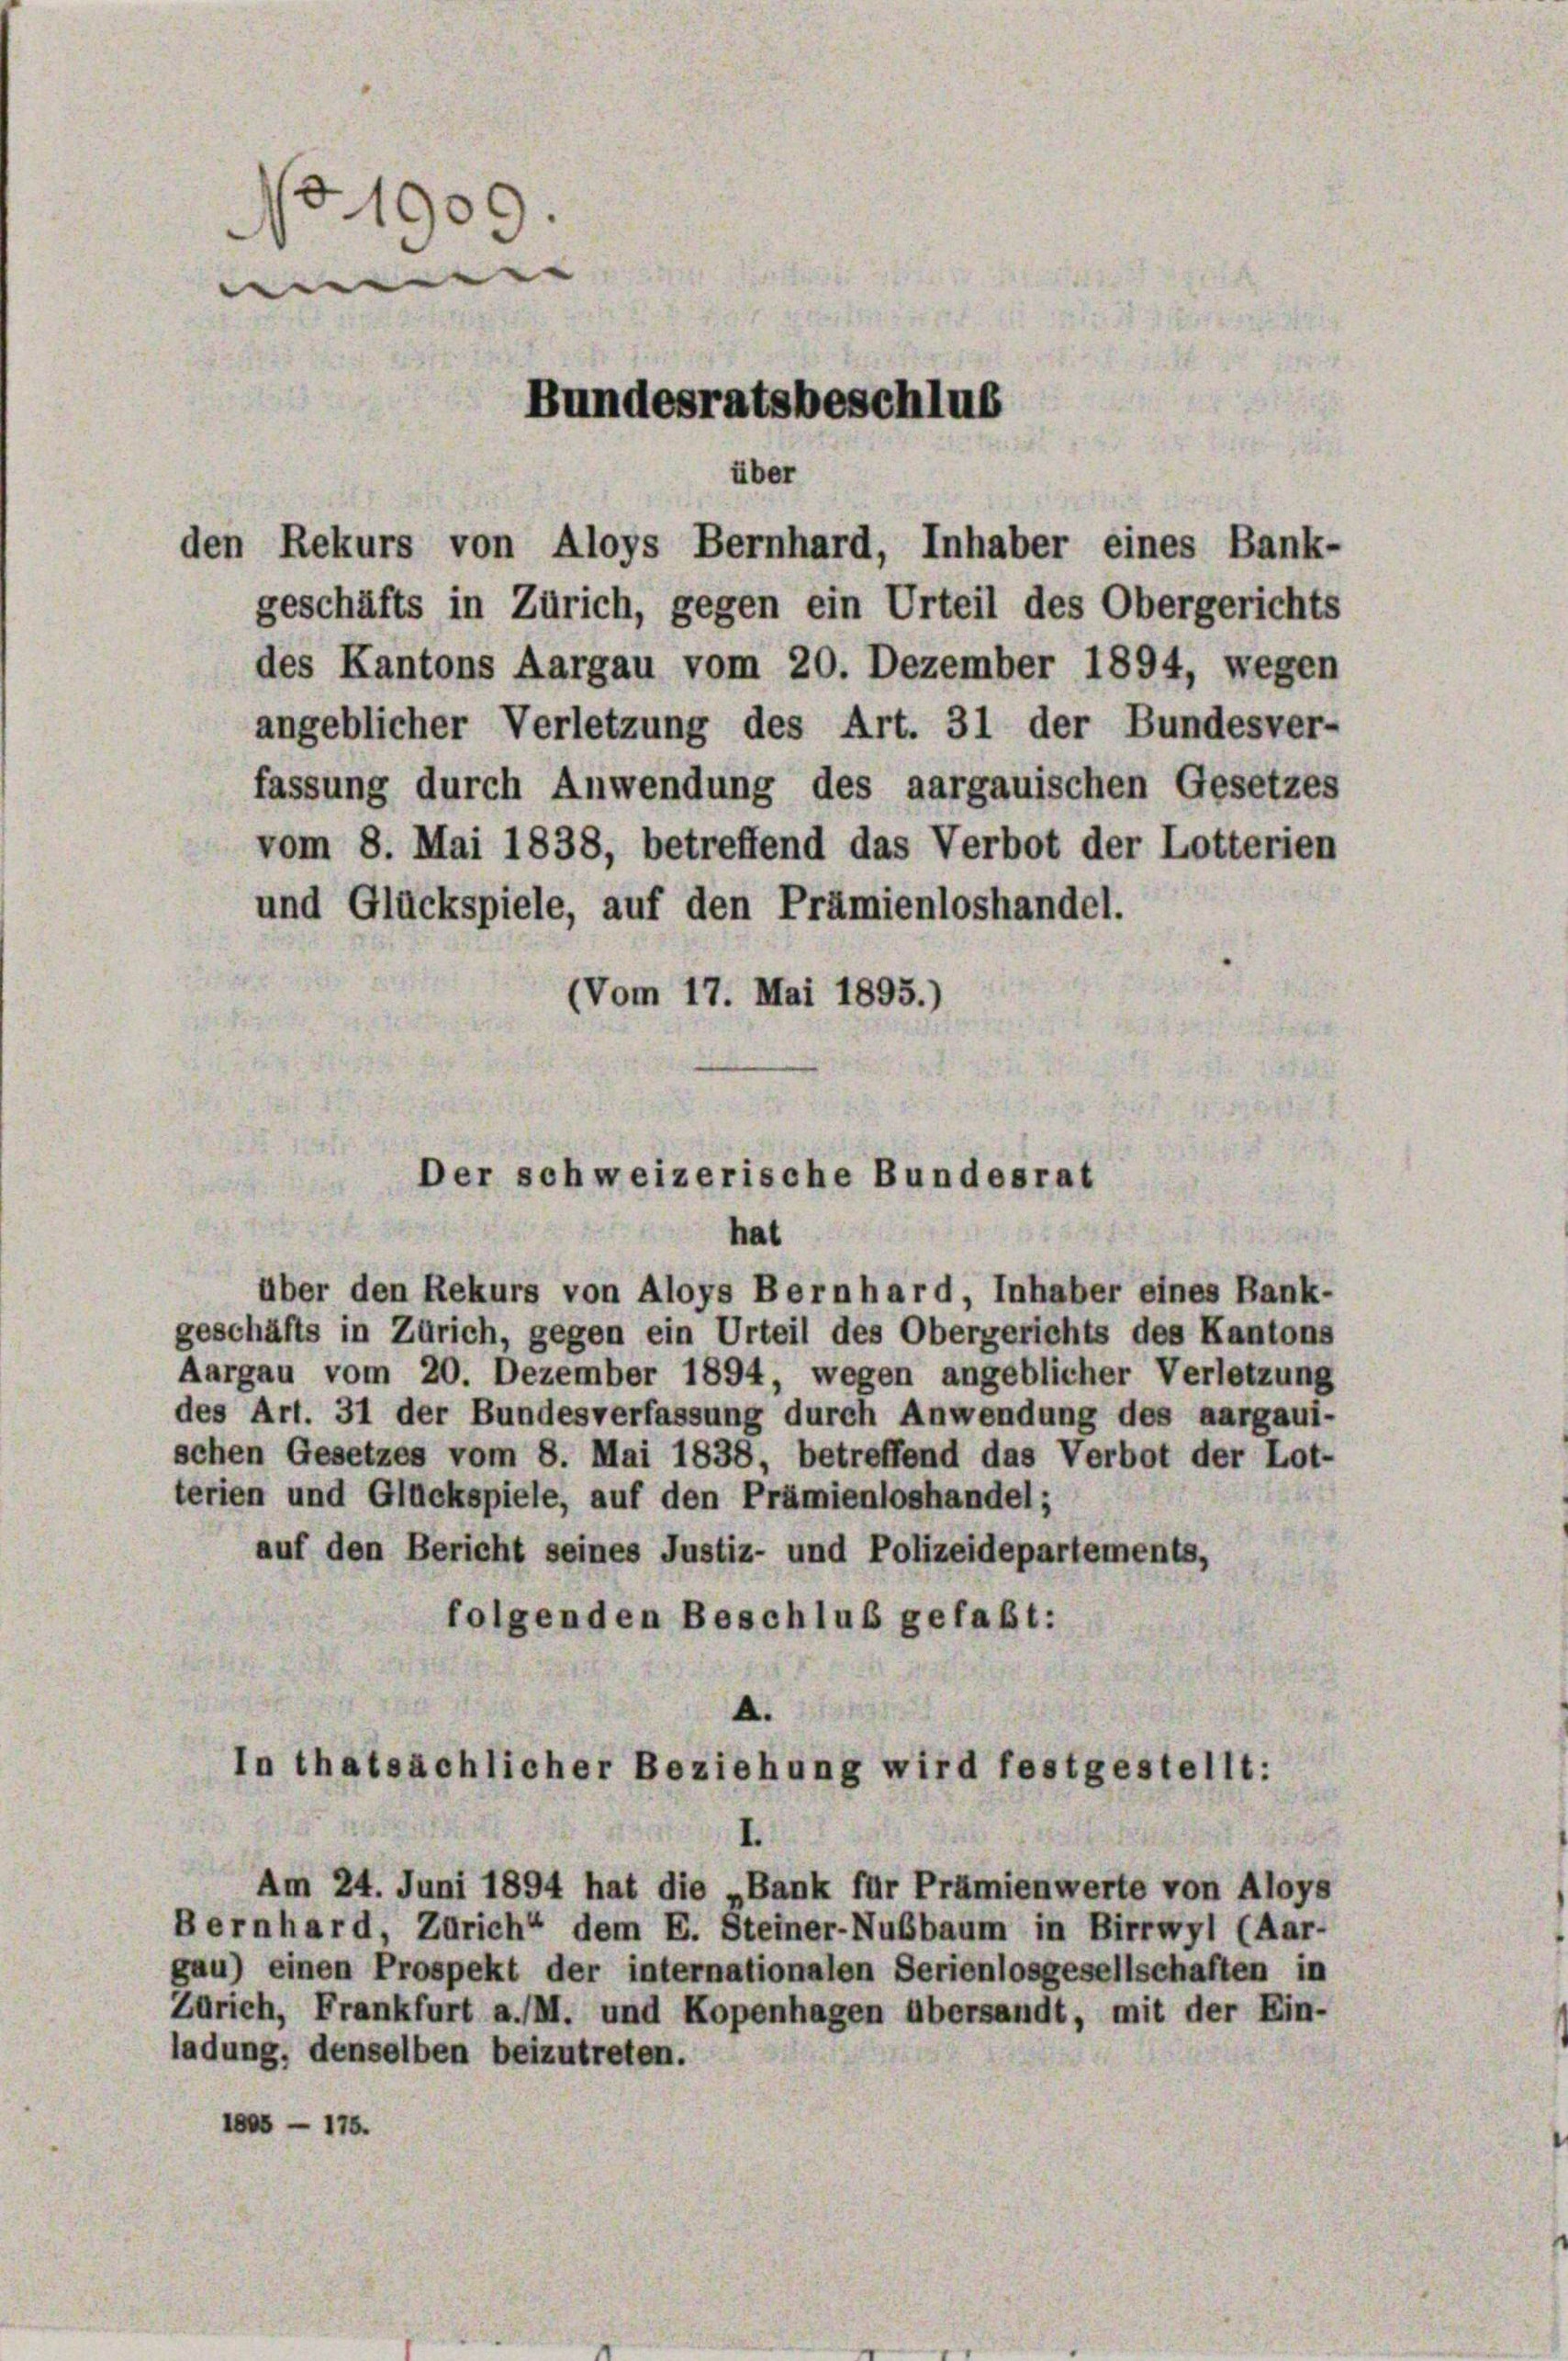
d1909.
e |
Bundesratsbeschlus

den Rekurs von Aloys Bernhard, Inhaber eines Bank-
geschäfts in Zürich, gegen ein Urteil des Obergerichts
des Kantons Aargau vom 20. Dezember 1894, wegen
angeblicher Verletzung des Art. 31 der Bundesver-
fassung durch Anwendung des aargauischen Gesetzes
vom 8. Mai 1838, betreffend das Verbot der Lotterien
und Glückspiele, auf den Prämienloshandel.
(Vom 17. Mai 1895.)

über

Der schweizerische Bundesrat
hat

über den Rekurs von Aloys Bernhard, Inhaber eines Bank-
geschäfts in Zürich, gegen ein Urteil des Obergerichts des Kantons
Aargau vom 20. Dezember 1894, wegen angeblicher Verletzung
des Art. 31 der Bundesverfassung durch Anwendung des aargaui-
schen Gesetzes vom 8. Mai 1838, betreffend das Verbot der Lot-
terien und Glückspiele, auf den Prämienloshandel;
auf den Bericht seines Justiz- und Polizeidepartements,
folgenden Beschluß gefaßt:

A.
In thatsächlicher Beziehung wird festgestellt:

Am 24. Juni 1894 hat die „Bank für Prämienwerte von Aloys
Bernhard, Zürich“ dem E. Steiner-Nußbaum in Birrwyl (Aar-
gau) einen Prospekt der internationalen Serienlosgesellschaften in
Zürich, Frankfurt a. M. und Kopenhagen übersandt, mit der Ein-
ladung, denselben beizutreten.
1808 - 175.